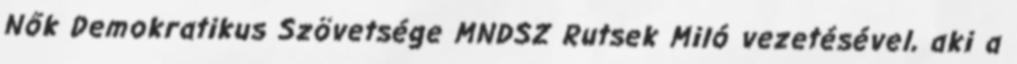
Nők Demokratikus Szövetsége MNDSZ Rutsek Miló vezetésével, aki a